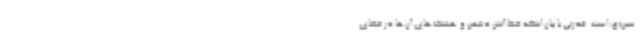
سین(ع) است. قدرتی با بیان اینکه خط آتش دشمن و هشتک‌های آن‌ها در فضای